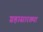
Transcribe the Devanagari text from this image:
ग्रहासारख्या